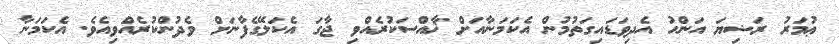
ޢުމަރު ރަޟިޔަ އަންހު އެދިވަޑައިގަތުމުން އެކަމަނާއަށް ޚާއްސަކުރެއްވި ޖާގަ އެކަލޭގެފާނަށް ވެދުންކުރެއްވިއެވެ. އެކަމަނާ